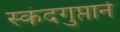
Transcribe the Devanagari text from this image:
स्कंदगुप्ताने